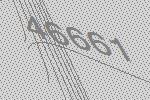
46661